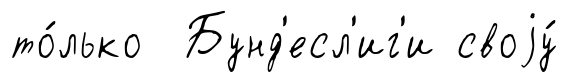
то́лько Бунд'есл'иг'и своjу́